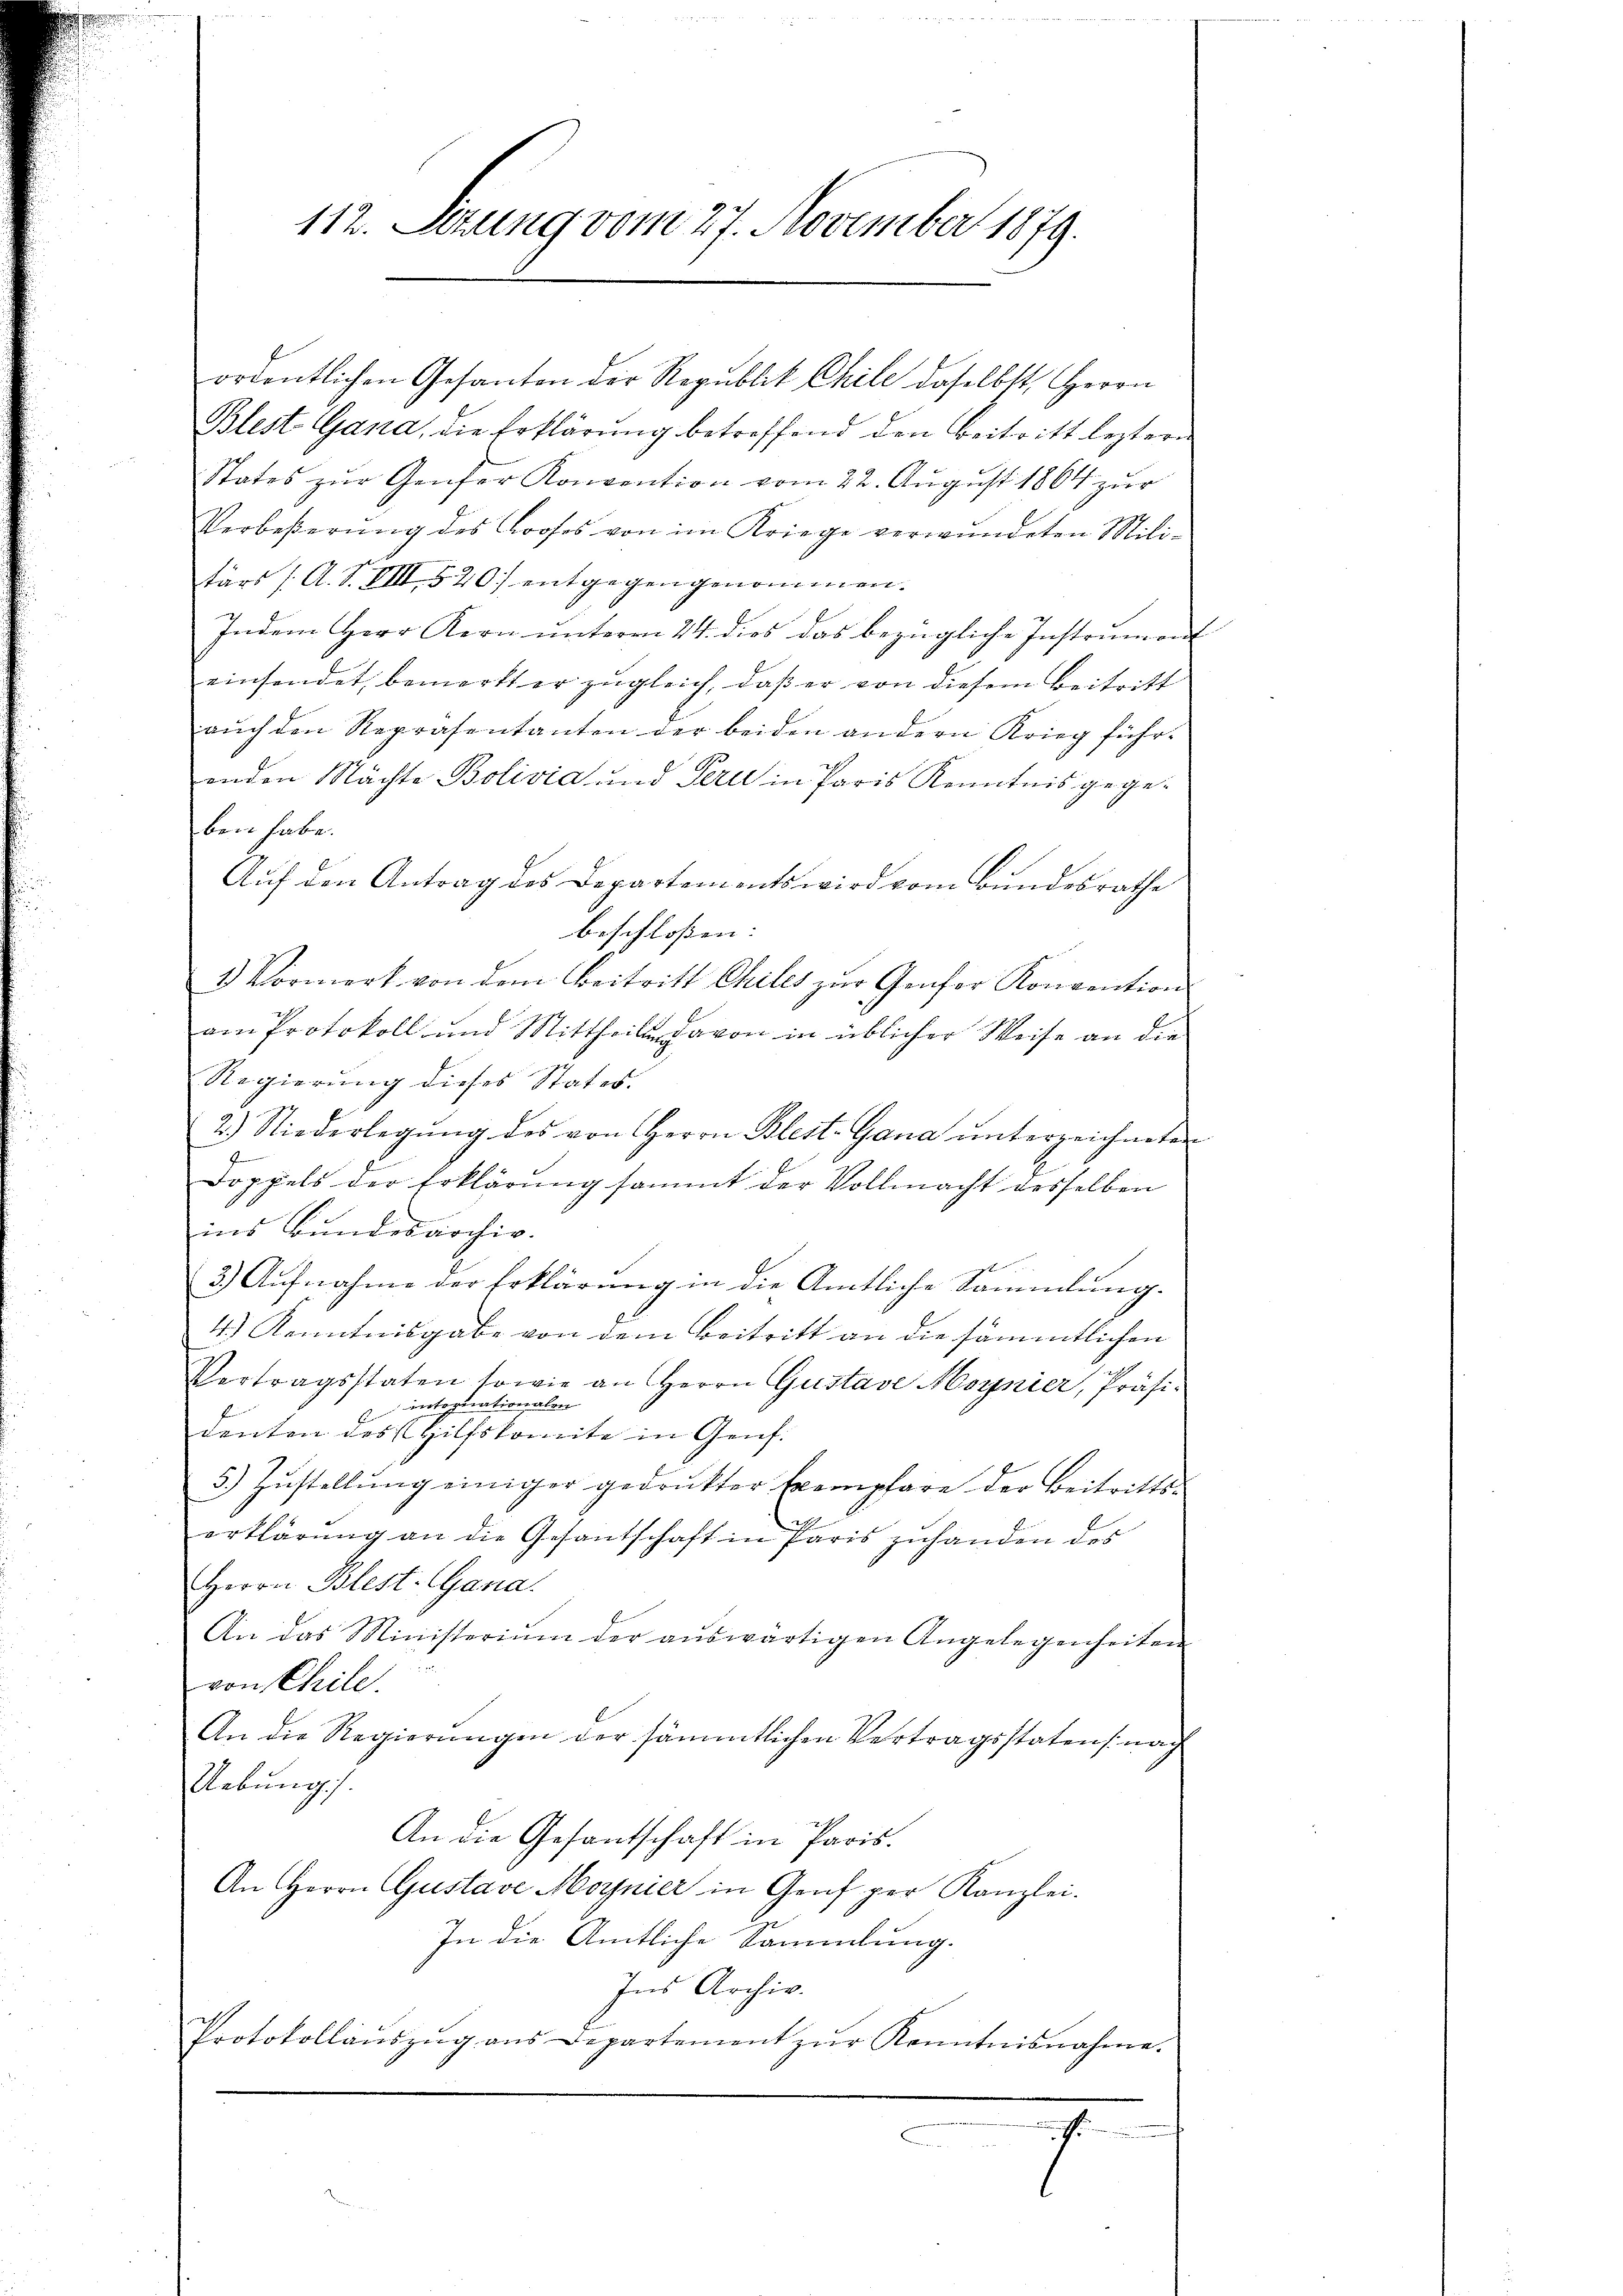
112. Setzung vom 27. November 1879.

ordentlichen Gesanten der Republik Chile daselbst, Herrn
Blest. Gana, die Erklärung betreffend den Beitritt leztern
States zŭr Genfer Konvention vom 22. Aŭgŭst 1864 zur
Verbeßerŭng des Profes von im Kriege verwundeten Mili-
tärs /: A. S. VIII 520) entgegengenommen.
Indem Herr Kern ŭnterm 24. dies das bezügliche Instrumen
einsendet, bemerkt er zugleich, daß er von diesem Beitritt
aŭch den Repräsentanten der beiden andern Krieg führ-
enden Nächte Bolivia und Peri in Paris Kenntnis gegeben habe.
Auf den Antrag des Departements wird vom Bundesrathe
beschloßen:
2 Vormerk von dem Beitritt Chiles zŭr Genfer Konvention
am Protokoll und Mittheile davon in üblicher Weise an die
Regierung dieses States.
2.) Niederlegŭng des von Herrn Blest-Gana unterreichneten
G
Doppels der Erklärung sammt der Vollmacht desselben
ins Bundesarchiv.
3.) Aufnahme der Erklärung in die Amtliche Sammlung.
4.) Kenntnisgabe von dem Beitritt an die sämmtlichen
Vertragsstaten sowie an Herrn Gustave Moynier, Präsi-
 internationalen
denten des Hilfskomite in Genf.
5.) Zustellung einiger gedrukter Exemplare der Beitrittserklärŭng an die Gesantschaft in Paris zuhanden des
Herrn Blest. Gana.
An das Ministerium der aŭswärtigen Angelegenheiten
von Chile.
An die Regierungen der sämmtlichen Vertragsstatens nach
Uebung.
An die Gesantschaft in Paris.
An Herrn Gustave Moynier in Genf per Kanzlei-
In die Amtliche Sammlung.
Ins Archiv.
Protokollaŭszŭg ans Departement zŭr Kenntnisnahme.

2